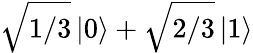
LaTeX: \sqrt{1/3}\left|0\right\rangle+\sqrt{2/3}\left|1\right\rangle